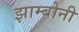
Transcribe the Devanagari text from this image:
झाम्बोनी